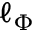
\ell _ { \Phi }